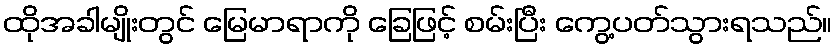
ထိုအခါမျိုးတွင် မြေမာရာကို ခြေဖြင့် စမ်းပြီး ကွေ့ပတ်သွားရသည်။